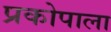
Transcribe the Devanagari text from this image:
प्रकोपाला